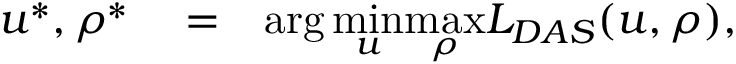
\begin{array} { r l r } { u ^ { * } , \rho ^ { * } } & { { } = } & { \arg \underset { u } { \operatorname* { m i n } } \underset { \rho } { \operatorname* { m a x } } L _ { D A S } ( u , \rho ) , } \end{array}